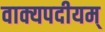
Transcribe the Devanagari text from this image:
वाक्यपदीयम्